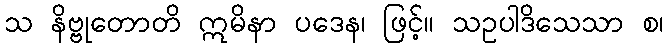
သ နိဗ္ဗုတောတိ ဣမိနာ ပဒေန၊ ဖြင့်။ သဥပါဒိသေသာ စ၊